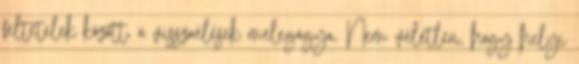
feltételek között, a visszaélések melegágya. Nem véletlen, hogy helyi